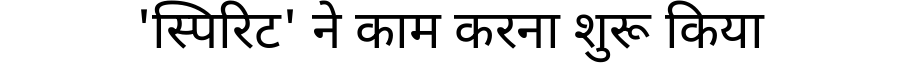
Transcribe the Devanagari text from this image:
'स्पिरिट' ने काम करना शुरू किया